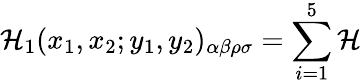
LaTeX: {\cal H}_{1}(x_{1},x_{2};y_{1},y_{2})_{\alpha\beta\rho\sigma}=\sum_{i=1}^{5}{\cal H}